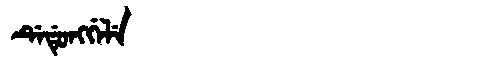
Manchu: ᡩᡝᡩᡠᠩᡤᡝᠯᡝ
Romanization: DEDUNGGELE